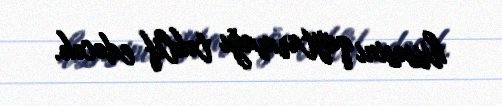
hissəsini qaytarmağı təklif edəcək.